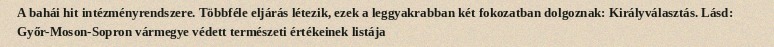
A bahái hit intézményrendszere. Többféle eljárás létezik, ezek a leggyakrabban két fokozatban dolgoznak: Királyválasztás. Lásd: Győr-Moson-Sopron vármegye védett természeti értékeinek listája